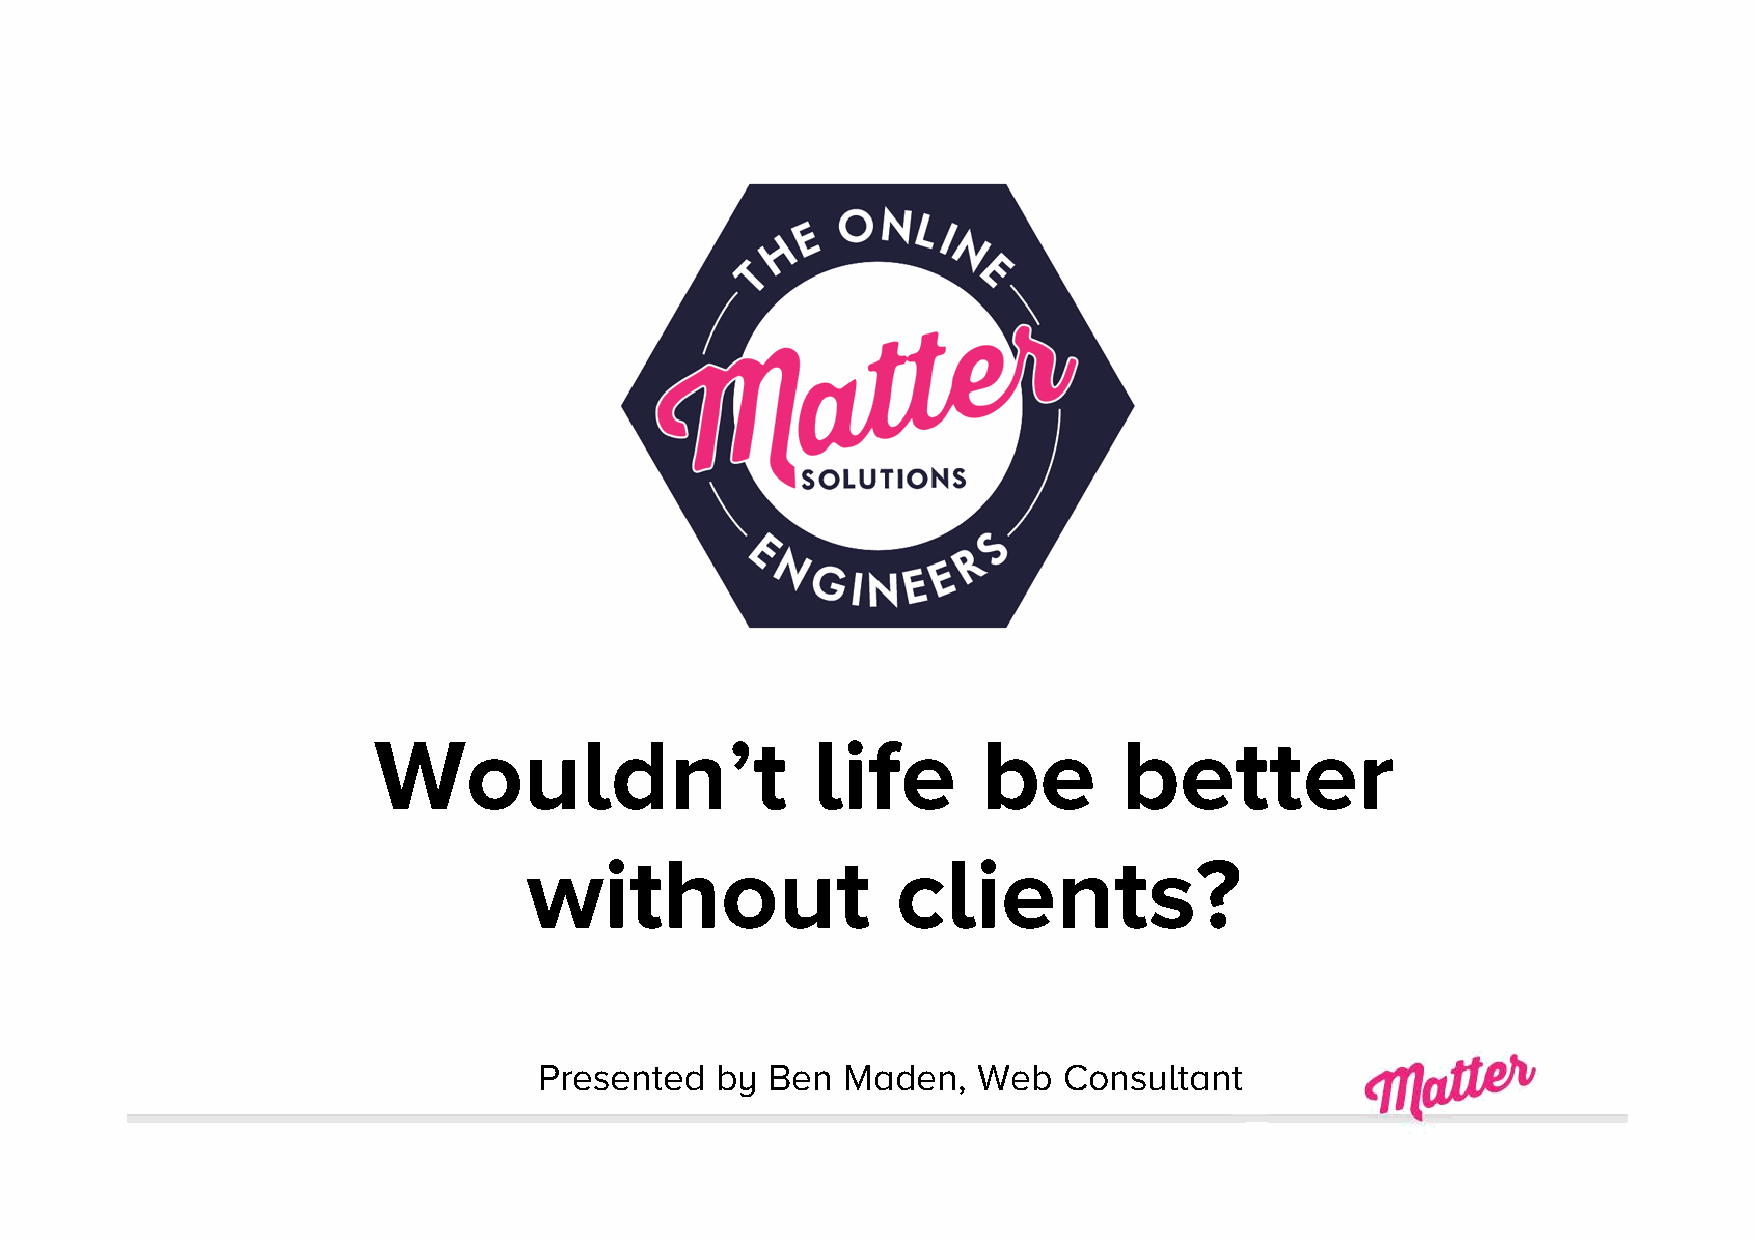
Wouldn’t                     life       be       better
 without                 clients?
 Presented  by  Ben  Maden,   Web  Consultant